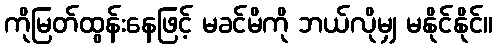
ကိုမြတ်ထွန်းနေဖြင့် မခင်မိကို ဘယ်လိုမျှ မနိုင်နိုင်။